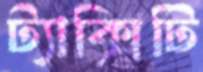
ট্যাক্সিটি